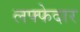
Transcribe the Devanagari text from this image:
लफ्फेदार